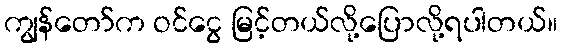
ကျွန်တော်က ဝင်ငွေ မြင့်တယ်လို့ပြောလို့ရပါတယ်။